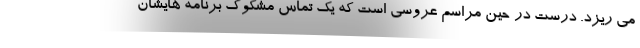
می ریزد. درست در حین مراسم عروسی است که یک تماس مشکوک برنامه هایشان